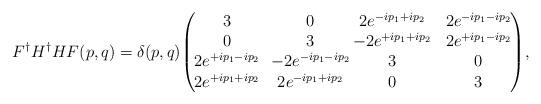
LaTeX: \begin{align*}F^\dagger H^\dagger H F (p,q) = \delta(p,q)\!\left(\!\!\!\begin{array}{cccc} 3 & \! 0 & \!\!\!\!2 e^{-ip_1 + ip_2} & 2 e^{-ip_1 - ip_2} \\ 0 & \! 3 & \!\!\!\! -2 e^{+ip_1 + ip_2} & 2 e^{+ip_1 - ip_2} \\ 2 e^{+ip_1 - ip_2} & \! -2 e^{-ip_1 - ip_2} & \!\!\!\!3 & 0 \\ 2 e^{+ip_1 + ip_2} &\! 2 e^{-ip_1 + ip_2} & \!\!\!\! 0 & 3 \end{array}\!\!\! \right)\!,\end{align*}